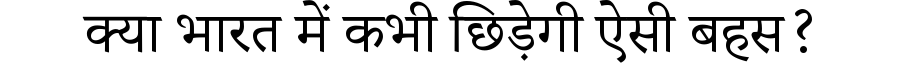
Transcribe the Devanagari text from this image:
क्या भारत में कभी छिड़ेगी ऐसी बहस?